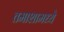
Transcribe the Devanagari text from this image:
तमाशामध्ये